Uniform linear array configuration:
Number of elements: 48
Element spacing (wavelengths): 0.25
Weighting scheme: blackman
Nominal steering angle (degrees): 0
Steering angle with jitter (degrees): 1.555
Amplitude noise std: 0.05
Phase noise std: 0.05

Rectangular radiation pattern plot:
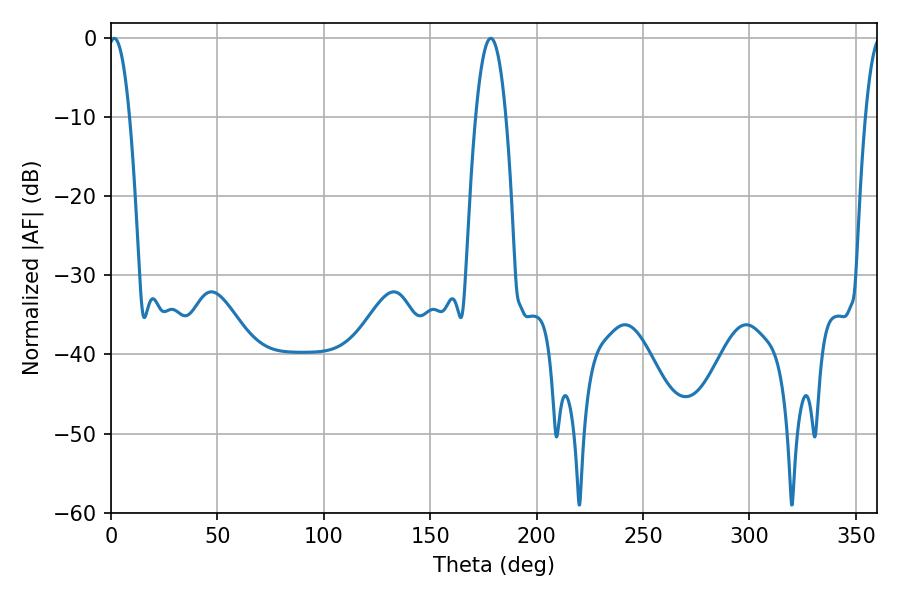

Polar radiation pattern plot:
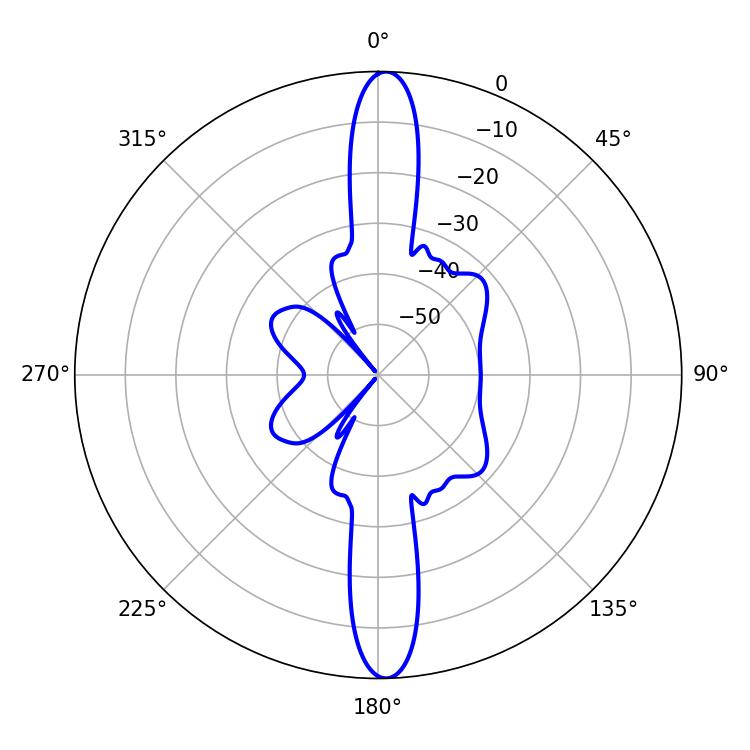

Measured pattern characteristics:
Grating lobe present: FALSE
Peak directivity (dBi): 23.789
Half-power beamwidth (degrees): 5.4
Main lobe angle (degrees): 1.62